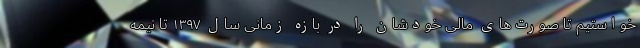
خواستیم تا صورت‌های مالی خودشان را در بازه زمانی سال ۱۳۹۷ تا نیمه